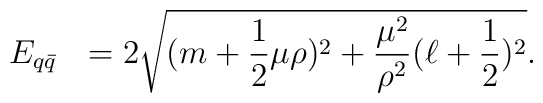
E_{q \bar{q}}~~= 2\sqrt{(m+\frac{1}{2} \mu \rho)^{2}+                              \frac{\mu^{2}}{\rho^{2}} (\ell+\frac{1}{2})^{2}} .